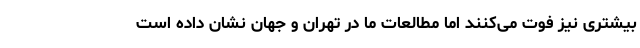
بیشتری نیز فوت می‌کنند اما مطالعات ما در تهران و جهان نشان داده است